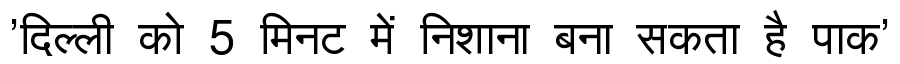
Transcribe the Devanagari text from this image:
'दिल्ली को 5 मिनट में निशाना बना सकता है पाक'